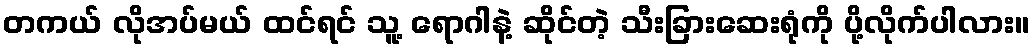
တကယ် လိုအပ်မယ် ထင်ရင် သူ့ ရောဂါနဲ့ ဆိုင်တဲ့ သီးခြားဆေးရုံကို ပို့လိုက်ပါလား။